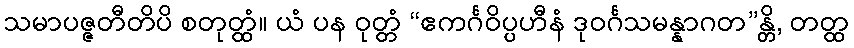
သမာပဇ္ဇတီတိပိ စတုတ္ထံ။ ယံ ပန ဝုတ္တံ “ဧကင်္ဂဝိပ္ပဟီနံ ဒုဝင်္ဂသမန္နာဂတ”န္တိ, တတ္ထ